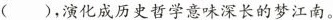
()，演化成历史哲学意味深长的梦江南。